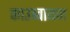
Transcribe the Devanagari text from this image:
काउब्वायज